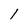
Character: 1